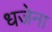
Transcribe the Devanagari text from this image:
धजेना